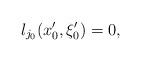
LaTeX: \begin{align*}\l_{j_0}(x'_0,\xi'_0)=0,\end{align*}